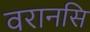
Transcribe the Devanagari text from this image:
वरानसि